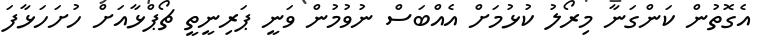
އެގޮތުން ކަންގަނާ މިރޯލު ކުޅުމަށް އެއްބަސް ނުވުމުން ވަނީ ޕަރިނީތީ ޗޯޕްޅާއަށް ހުށަހަޅާފަ